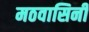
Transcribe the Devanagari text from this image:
मठवासिनी